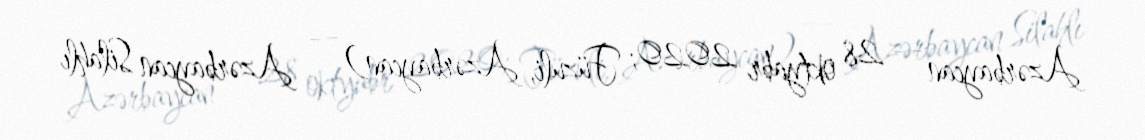
Azərbaycan — 28 oktyabr 2020; Füzuli, Azərbaycan) — Azərbaycan Silahlı